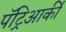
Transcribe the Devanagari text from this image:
पॅट्रिआर्की